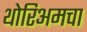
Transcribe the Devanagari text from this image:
थोरिअमचा